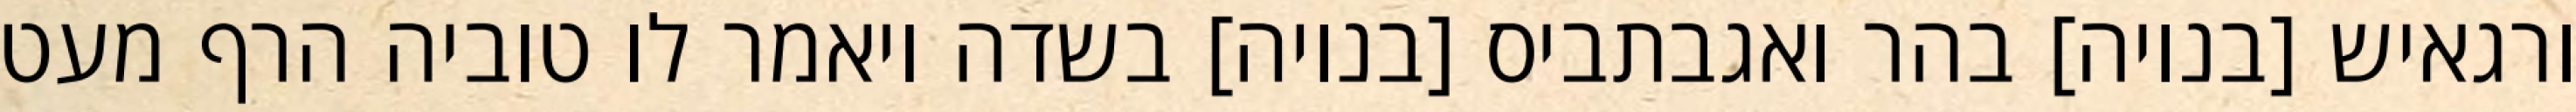
ורגאיש [בנויה] בהר ואגבתביס [בנויה] בשדה ויאמר לו טוביה הרף מעט